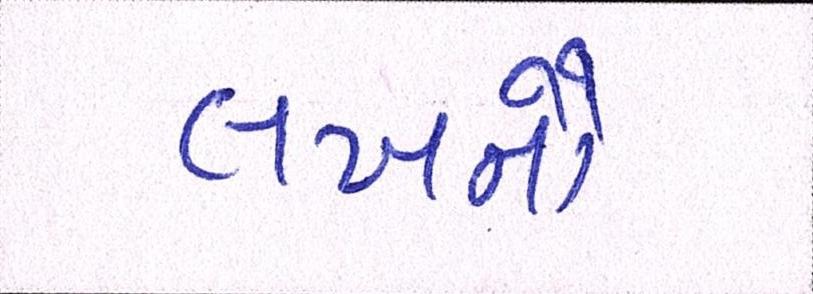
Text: લખનૌ